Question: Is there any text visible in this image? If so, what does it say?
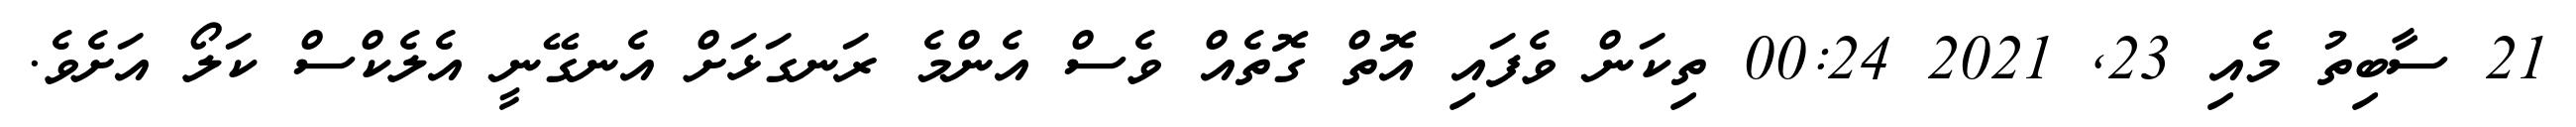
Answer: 21 ސާބިތު މެއި 23, 2021 00:24 ތިކަން ވެފައި އޮތް ގޮތެއް ވެސް އެންމެ ރަނގަޅަށް އެނގޭނީ އެލެކްސް ކަލޯ އަށެވެ.